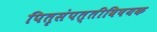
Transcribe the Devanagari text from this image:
पितृसंपत्तीविषयक